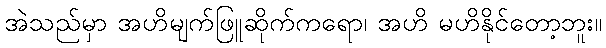
အဲသည်မှာ အဟိမျက်ဖြူဆိုက်ကရော၊ အဟိ မဟိနိုင်တော့ဘူး။